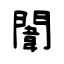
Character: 闈